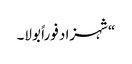
“شہزاد فوراً بولا۔